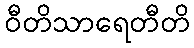
ဝီတိသာရေတီတိ